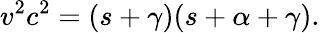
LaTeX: v^{2}c^{2}=(s+\gamma)(s+\alpha+\gamma).